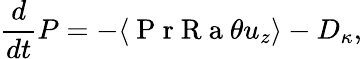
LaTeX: \frac{d}{dt}P=-\langle\mathrm{~P~r~R~a~}\theta u_{z}\rangle-D_{\kappa},